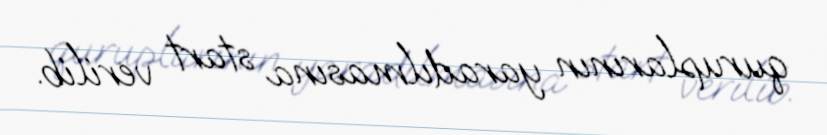
quruplarının yaradılmasına start verilib.